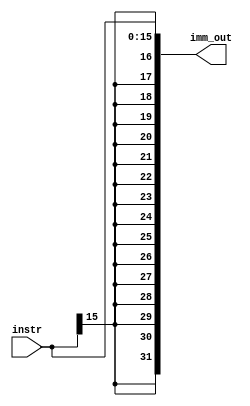
`timescale 1ns / 1ps

module imm_gen(
    input [15:0] instr,
    output [31:0] imm_out
    );
    assign imm_out = {{17{instr[15]}}, instr[14:0]};
endmodule